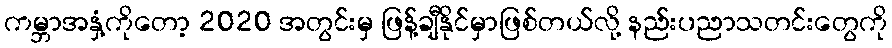
ကမ္ဘာအနှံ့ကိုတော့ 2020 အတွင်းမှ ဖြန့်ချီနိုင်မှာဖြစ်တယ်လို့ နည်းပညာသတင်းတွေကို